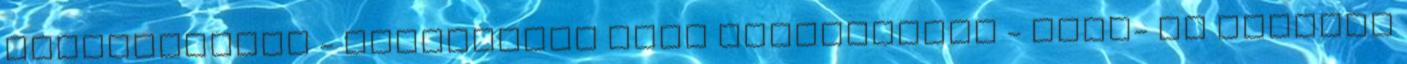
látászavarok - szájpenész vagy hüvelygomba - izom- és ízületi